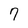
Character: 7